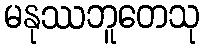
မနုဿဘူတေသု